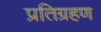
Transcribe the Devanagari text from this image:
प्रतिग्रहण